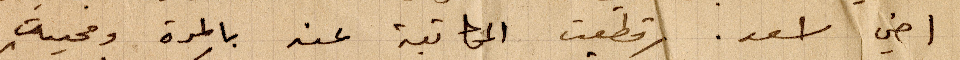
اخي اسعد. قطعت المكاتبة عند بالمرة ومحيت